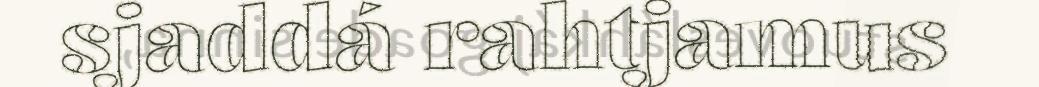
sjaddá rahtjamus